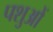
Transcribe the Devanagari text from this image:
पशुआें